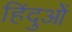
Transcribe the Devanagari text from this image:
हिंदुओें